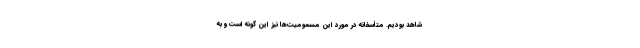
شاهد بودیم. متأسفانه در مورد این مسمومیت‌ها نیز این گونه است و به